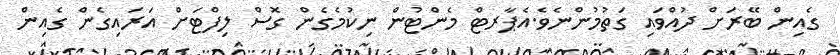
ގެއިން ބޭރަށް ދުއްވައި ގަތުމުންނެވެ.އެޕާރޓް މެންޓުން ނިކުމެގެން ގޮސް ލިފްޓަށް އަރައިގެން ގެއިން